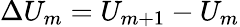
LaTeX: \Delta U_{m}=U_{m+1}-U_{m}